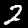
Label: 2